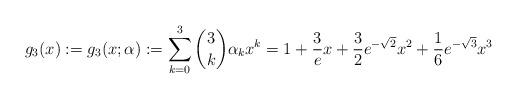
LaTeX: \begin{align*} g_3(x):= g_3(x;\alpha):=\sum_{k=0}^3 \binom{3}{k}\alpha_k x^k=1+\frac{3}{e}x+\frac{3}{2} e^{-\sqrt{2}} x^2+\frac{1}{6} e^{-\sqrt{3}} x^3 \end{align*}